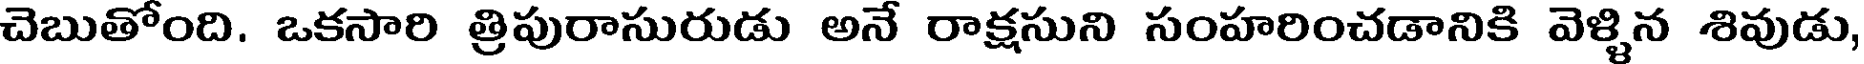
చెబుతోంది. ఒకసారి త్రిపురాసురుడు అనే రాక్షసుని సంహరించడానికి వెళ్ళిన శివుడు